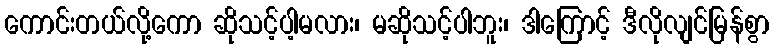
ကောင်းတယ်လို့ကော ဆိုသင့်ပါ့မလား၊ မဆိုသင့်ပါဘူး၊ ဒါကြောင့် ဒီလိုလျင်မြန်စွာ